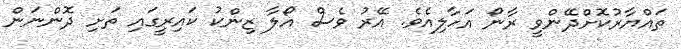
ތައްޔާރުކޮށްދޭންވީ ރާނޯ އަހާލިއެވެ. އޭރު ވެސް އޯލާ ޒިންކު ކައިރީގައި ތަށި ދޮންނަން